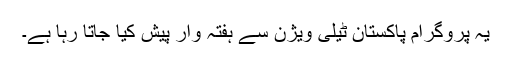
یہ پروگرام پاکستان ٹیلی ویژن سے ہفتہ وار پیش کیا جاتا رہا ہے۔